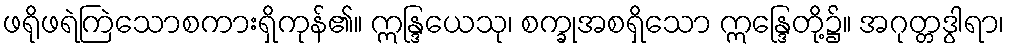
ဖရိုဖရဲကြဲသောစကားရှိကုန်၏။ ဣန္ဒြယေသု၊ စက္ခုအစရှိသော ဣန္ဒြေတို့၌။ အဂုတ္တဒွါရာ၊